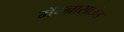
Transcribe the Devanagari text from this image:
मॅग्नासाऊंड